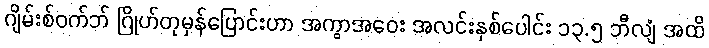
ဂျိမ်းစ်ဝက်ဘ် ဂြိုဟ်တုမှန်ပြောင်းဟာ အကွာအဝေး အလင်းနှစ်ပေါင်း ၁၃.၅ ဘီလျံ အထိ